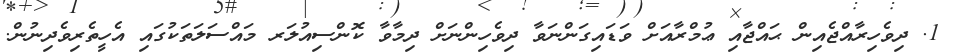
1. ދިވެހިރާއްޖެއިން ޙައްޖާއި ޢުމްރާއަށް ވަޑައިގަންނަވާ ދިވެހިންނަށް ދިމާވާ ކޮންސިއުލަރ މައްސަލަތަކުގައި އެހީތެރިވެދިނުން.